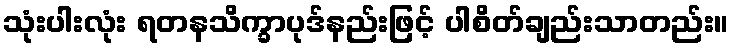
သုံးပါးလုံး ရတနသိက္ခာပုဒ်နည်းဖြင့် ပါစိတ်ချည်းသာတည်း။